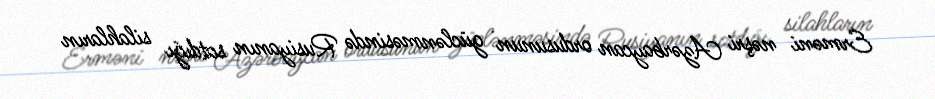
Erməni nəşri Azərbaycan ordusunun güclənməsində Rusiyanın satdığı silahların